Plague in India, 1896, 1897 - Volume 1
Year: 1896
Disease focus: Plague
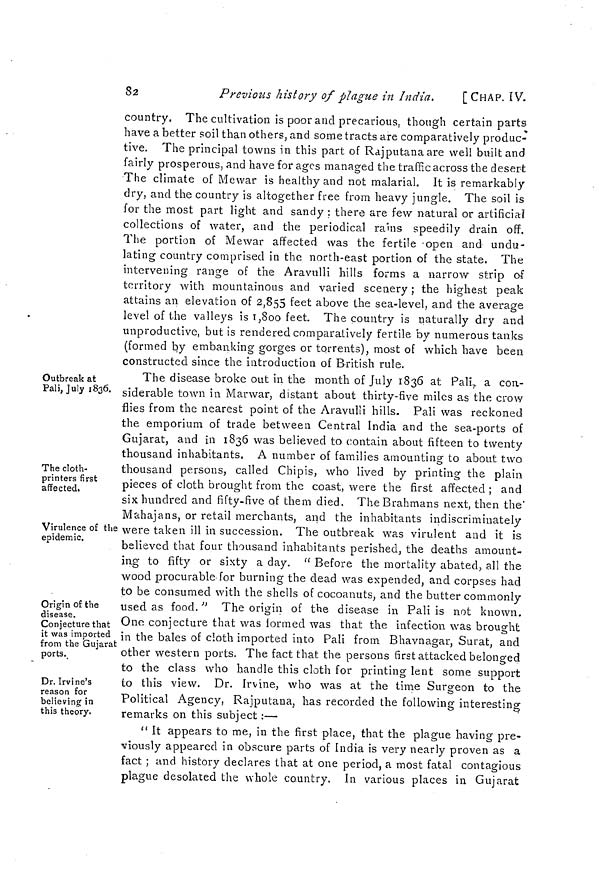
82
Previous history of plague in India.
[CHAP. IV.
country. The cultivation is poor and precarious, though certain parts
have a better soil than others, and some tracts are comparatively produc-
tive. The principal towns in this part of Rajputana are well built and
fairly prosperous, and have for ages managed the trafic across the desert
The climate of Mewar is healthy and not malarial. It is remarkably
dry, and the country is altogether free from heavy jungle. The soil is
for the most part light and sandy ; there are few natural or artificial
collections of water, and the periodical rains speedily drain off.
The portion of Mewar affected was the fertile -open and undu-
lating country comprised in the north-east portion of the state. The
intervening range of the Aravulli hills forms a narrow strip of
territory with mountainous and varied scenery ; the highest peak
attains an elevation of 2,855 feet above the sea-level, and the average
level of the valleys is 1,800 feet. The country is naturally dry and
unproductive, but is rendered comparatively fertile by numerous tanks
(formed by embanking gorges or torrents), most of which have been
constructed since the introduction of British rule.
Outbreak at
Pali, July 1836.
The cloth-
printers first
affected.
Virulence of the
epidemic.
Origin of the
disease.
Conjecture that
it was imported
from the Gujarat
ports.
Dr. Irvine's
reason for
believing in
this theory.
The disease broke out in the month of July 1836 at Pali, a con-
siderable town in Marwar, distant about thirty-five miles as the crow
flies from the nearest point of the Aravulli hills. Pali was reckoned
the emporium of trade between Central India and the sea-ports of
Gujarat, and in 1836 was believed to contain about fifteen to twenty
thousand inhabitants. A number of families amounting to about two
O
thousand persons, called Chipis, who lived by printing the plain
pieces of cloth brought from the coast, were the first affected ; and
six hundred and fifty-five of them died. The Brahmans next, then the
Mahajans, or retail merchants, and the inhabitants indiscriminately
were taken ill in succession. The outbreak was virulent and it is
believed that four thousand inhabitants perished, the deaths amount-
ing to fifty or sixty a day. " Before the mortality abated, all the
wood procurable for burning the dead was expended, and corpses had
to be consumed with the shells of cocoanuts, and the butter commonly
used as food. " The origin of the disease in Pali is not known.
One conjecture that was formed was that the infection was brought
in the bales of cloth imported into Pali from Bhavnagar, Surat, and
other western ports. The fact that the persons first attacked belonged
to the class who handle this cloth for printing lent some support
to this view. Dr. Irvine, who was at the time Surgeon to the
Political Agency, Rajputaua, has recorded the following interesting
remarks on this subject :—
" It appears to me, in the first place, that the plague having pre-
viously appeared in obscure parts of India is very nearly proven as a
fact ; and history declares that at one period, a most fatal contagious
plague desolated the whole country. In various places in Gujarat